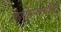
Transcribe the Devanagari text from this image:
किर्गिझस्तानाच्या